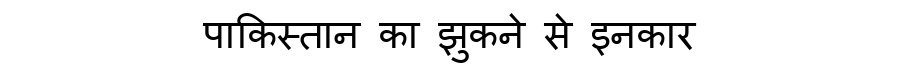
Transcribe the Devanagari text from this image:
पाकिस्तान का झुकने से इनकार